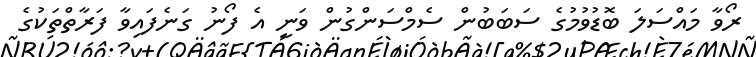
ރޯވާ މައްސަލަ ބޮޑުވުމުގެ ސަބަބުން ސެމްސަންގުން ވަނީ އެ ފޯނު ގަނެފައިވާ ފަރާތްތަކުގެ